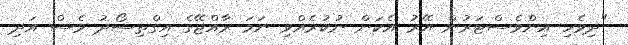
"ދިވެހި އިންވެސްޓަރުން އޭރު އެކަން ނުކުރެއްވި ނަމަ ރާއްޖޭގެ އިގްތިސޯދު ވެސް އަދި